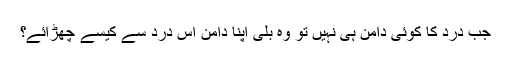
جب درد کا کوئی دامن ہی نہیں تو وہ بلی اپنا دامن اُس درد سے کیسے چھڑائے؟